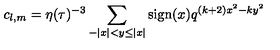
c _ { l , m } = \eta ( \tau ) ^ { - 3 } \sum _ { - | x | < y \leq | x | } \mathrm { s i g n } ( x ) q ^ { ( k + 2 ) x ^ { 2 } - k y ^ { 2 } }